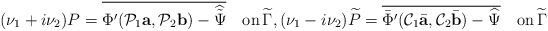
\begin{align*}(\nu_1+i\nu_2) P=\overline{\Phi'(\mathcal P_1 {\mbox{\bf a}},\mathcal P_2 {\mbox{\bf b}})-\widehat {\tilde\Psi}}\quad\mbox{on}\,\widetilde \Gamma,(\nu_1-i\nu_2) \widetilde P=\overline{\bar\Phi'(\mathcal C_1\bar{\mbox{\bf a}},\mathcal C_2\bar{\mbox{\bf b}})-\widehat {\Psi}}\quad\mbox{on}\,\widetilde \Gamma\end{align*}